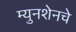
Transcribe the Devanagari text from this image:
म्युनशेनचे